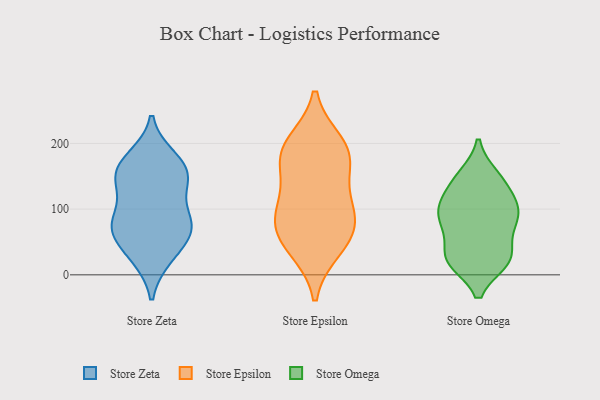
{"axis": {"x": "Churn Rate (%)", "y": "Value"}, "legend": ["Store Epsilon", "Store Omega", "Store Zeta"], "data": [{"x": "", "y": 120, "type": "Store Zeta"}, {"x": "", "y": 27, "type": "Store Zeta"}, {"x": "", "y": 146, "type": "Store Zeta"}, {"x": "", "y": 26, "type": "Store Zeta"}, {"x": "", "y": 71, "type": "Store Zeta"}, {"x": "", "y": 69, "type": "Store Zeta"}, {"x": "", "y": 58, "type": "Store Zeta"}, {"x": "", "y": 174, "type": "Store Zeta"}, {"x": "", "y": 79, "type": "Store Zeta"}, {"x": "", "y": 150, "type": "Store Zeta"}, {"x": "", "y": 78, "type": "Store Zeta"}, {"x": "", "y": 178, "type": "Store Zeta"}, {"x": "", "y": 83, "type": "Store Zeta"}, {"x": "", "y": 147, "type": "Store Zeta"}, {"x": "", "y": 158, "type": "Store Zeta"}, {"x": "", "y": 199, "type": "Store Epsilon"}, {"x": "", "y": 108, "type": "Store Epsilon"}, {"x": "", "y": 173, "type": "Store Epsilon"}, {"x": "", "y": 52, "type": "Store Epsilon"}, {"x": "", "y": 41, "type": "Store Epsilon"}, {"x": "", "y": 112, "type": "Store Epsilon"}, {"x": "", "y": 184, "type": "Store Epsilon"}, {"x": "", "y": 78, "type": "Store Epsilon"}, {"x": "", "y": 184, "type": "Store Epsilon"}, {"x": "", "y": 74, "type": "Store Epsilon"}, {"x": "", "y": 28, "type": "Store Omega"}, {"x": "", "y": 100, "type": "Store Omega"}, {"x": "", "y": 83, "type": "Store Omega"}, {"x": "", "y": 111, "type": "Store Omega"}, {"x": "", "y": 20, "type": "Store Omega"}, {"x": "", "y": 22, "type": "Store Omega"}, {"x": "", "y": 66, "type": "Store Omega"}, {"x": "", "y": 112, "type": "Store Omega"}, {"x": "", "y": 151, "type": "Store Omega"}, {"x": "", "y": 92, "type": "Store Omega"}, {"x": "", "y": 27, "type": "Store Omega"}, {"x": "", "y": 128, "type": "Store Omega"}, {"x": "", "y": 144, "type": "Store Omega"}, {"x": "", "y": 61, "type": "Store Omega"}, {"x": "", "y": 20, "type": "Store Omega"}, {"x": "", "y": 88, "type": "Store Omega"}, {"x": "", "y": 20, "type": "Store Omega"}, {"x": "", "y": 90, "type": "Store Omega"}, {"x": "", "y": 150, "type": "Store Omega"}]}